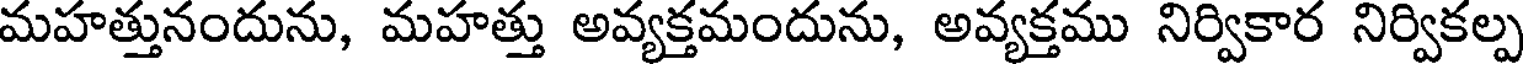
మహత్తునందును, మహత్తు అవ్యక్తమందును, అవ్యక్తము నిర్వికార నిర్వికల్ప